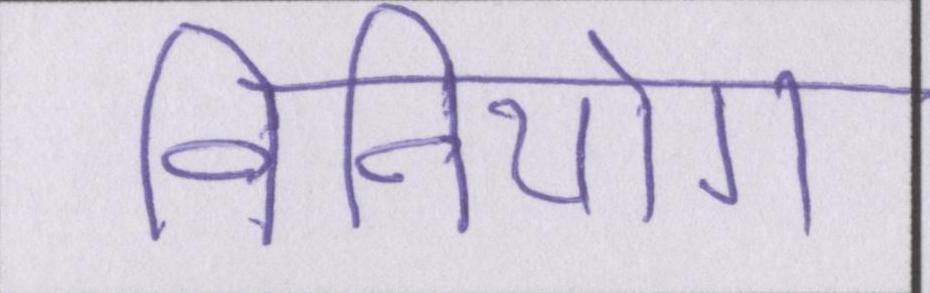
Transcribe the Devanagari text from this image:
विनियोग